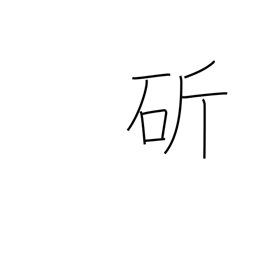
Meaning: cut with a sword